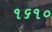
૧૬૧૦